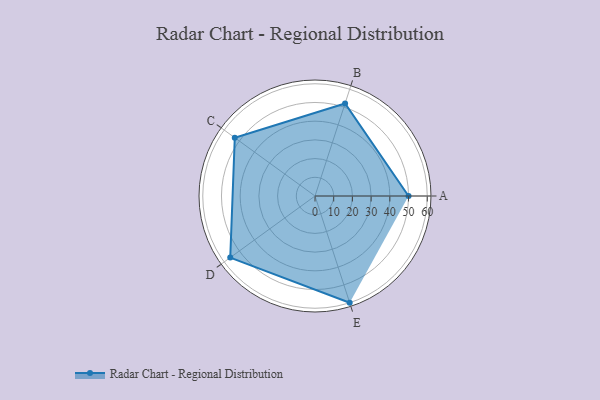
{"axis": {"x": "Skill", "y": "Score"}, "legend": ["Profile"], "data": [{"x": "A", "y": 50.0, "type": "Profile"}, {"x": "B", "y": 52.0, "type": "Profile"}, {"x": "C", "y": 53.0, "type": "Profile"}, {"x": "D", "y": 56.0, "type": "Profile"}, {"x": "E", "y": 60.0, "type": "Profile"}]}